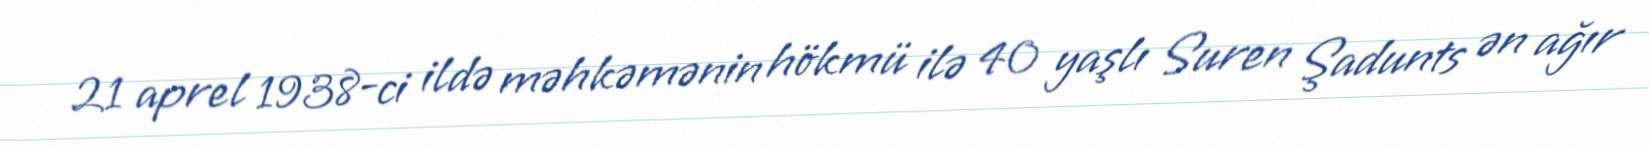
21 aprel 1938-ci ildə məhkəmənin hökmü ilə 40 yaşlı Suren Şadunts ən ağır